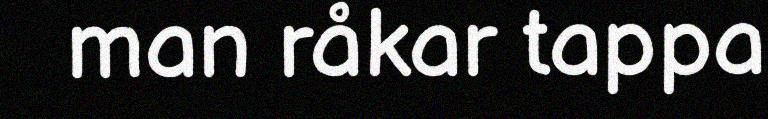
man råkar tappa